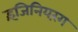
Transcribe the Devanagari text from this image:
इंजिनियरंग